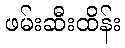
ဖမ်းဆီးထိန်း